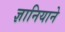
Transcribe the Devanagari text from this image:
ज्ञानियाने